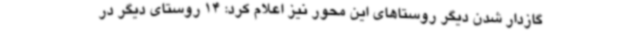
گازدار شدن دیگر روستاهای این محور نیز اعلام کرد: 14 روستای دیگر در